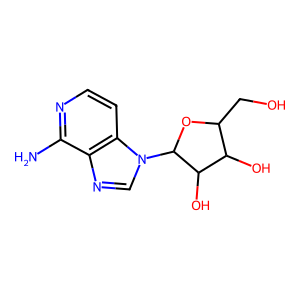
SMILES: Nc1nccc2c1ncn2C1OC(CO)C(O)C1O
Inhibits HIV replication: No